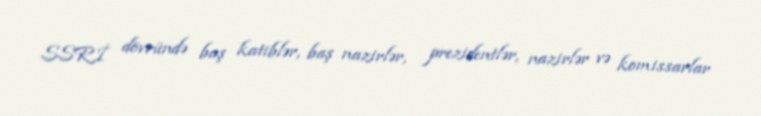
SSRİ dövründə baş katiblər, baş nazirlər, prezidentlər, nazirlər və komissarlar